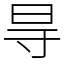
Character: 㝵